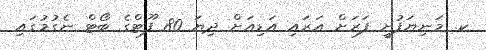
ކ. މަނިޔަފުށީ ފަރަށް އަރައި އަޑިއަށް ދިޔަ 80 ފޫޓްގެ ބޯޓް ނެގުމުގައި